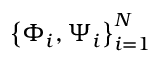
\left\{ \Phi _ { i } , \Psi _ { i } \right\} _ { i = 1 } ^ { N }